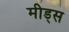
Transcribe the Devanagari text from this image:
मीड्स